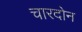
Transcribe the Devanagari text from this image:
चारदोन